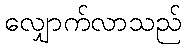
လျှောက်လာသည်